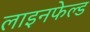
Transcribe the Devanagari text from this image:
लाइनफेल्ड